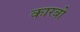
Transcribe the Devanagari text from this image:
कारबो